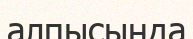
алпысында